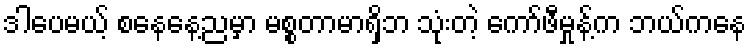
ဒါပေမယ့် စနေနေ့ညမှာ မစ္စတာမာရှိဘ သုံးတဲ့ ကော်ဖီမှုန့်က ဘယ်ကနေ